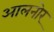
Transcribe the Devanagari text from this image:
आलनोर